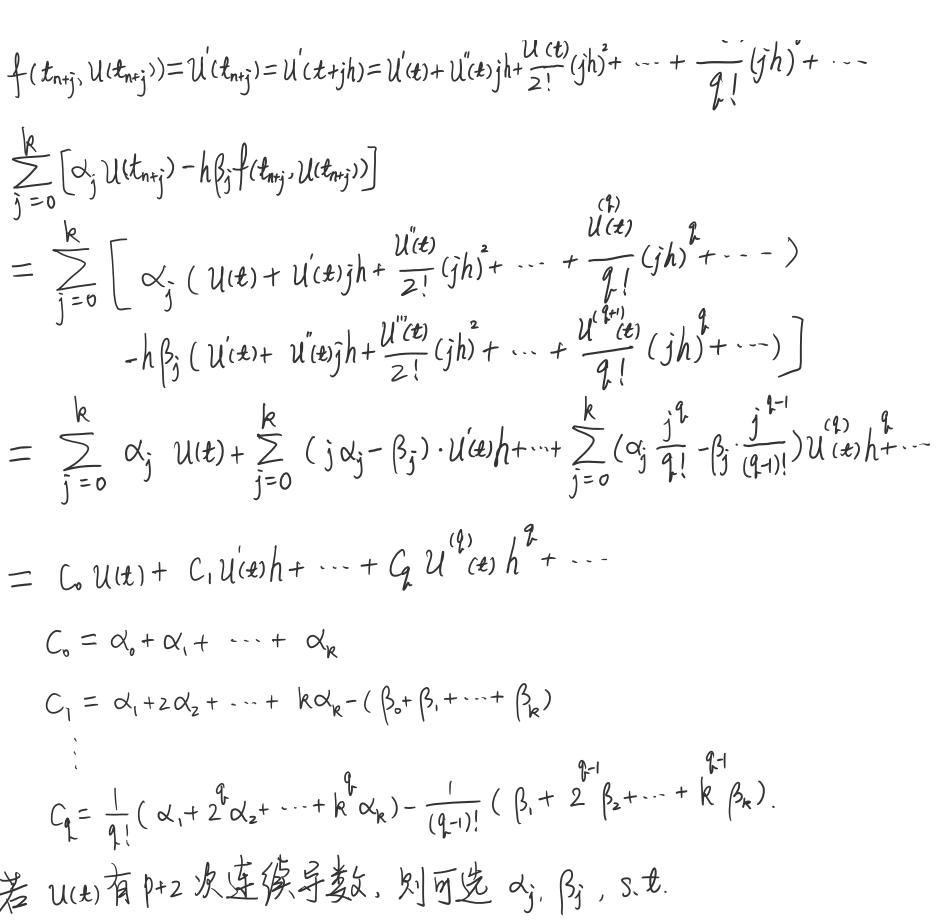
\[
\begin{align*}
&f(t_{n + j}, u(t_{n + j})) = u'(t_{n + j}) = u'(t + jh)=u'(t)+u''(t)jh+\frac{u^{(3)}(t)}{2!}(jh)^2+\cdots+\frac{u^{(q)}(t)}{q!}(jh)^q+\cdots\\
&\sum_{j = 0}^{k}\left[\alpha_{j}u(t_{n + j})-h\beta_{j}f(t_{n + j}, u(t_{n + j}))\right]\\
=&\sum_{j = 0}^{k}\left[\alpha_{j}\left(u(t)+u'(t)jh+\frac{u''(t)}{2!}(jh)^2+\cdots+\frac{u^{(q)}(t)}{q!}(jh)^q+\cdots\right)\right.\\
&\left.\quad -h\beta_{j}\left(u'(t)+u''(t)jh+\frac{u^{(3)}(t)}{2!}(jh)^2+\cdots+\frac{u^{(q + 1)}(t)}{q!}(jh)^q+\cdots\right)\right]\\
=&\sum_{j = 0}^{k}\alpha_{j}u(t)+\sum_{j = 0}^{k}(j\alpha_{j}-\beta_{j})\cdot u'(t)h+\cdots+\sum_{j = 0}^{k}\left(\alpha_{j}\frac{j^{q}}{q!}-\beta_{j}\frac{j^{q - 1}}{(q - 1)!}\right)u^{(q)}(t)h^{q}+\cdots\\
=&C_{0}u(t)+C_{1}u'(t)h+\cdots+C_{q}u^{(q)}(t)h^{q}+\cdots
\end{align*}
\]
\[
\begin{align*}
C_{0}&=\alpha_{0}+\alpha_{1}+\cdots+\alpha_{k}\\
C_{1}&=\alpha_{1}+2\alpha_{2}+\cdots + k\alpha_{k}-(\beta_{0}+\beta_{1}+\cdots+\beta_{k})\\
C_{q}&=\frac{1}{q!}(\alpha_{1}+2^{q}\alpha_{2}+\cdots + k^{q}\alpha_{k})-\frac{1}{(q - 1)!}(\beta_{1}+2^{q - 1}\beta_{2}+\cdots + k^{q - 1}\beta_{k})
\end{align*}
\]
若 \(u(t)\) 有 \(p + 2\) 次连续导数，则可选 \(\alpha_{j},\beta_{j}\)，s.t.